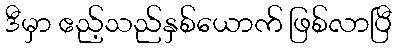
ဒီမှာ ဧည့်သည်နှစ်ယောက် ဖြစ်လာပြီ